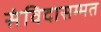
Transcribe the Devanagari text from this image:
संविदासम्मत